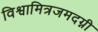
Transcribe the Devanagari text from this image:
विश्वामित्रजमदग्नी